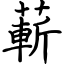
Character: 蔪